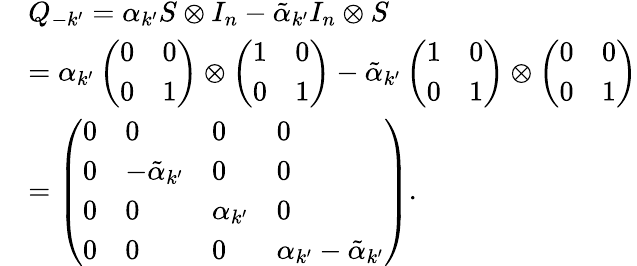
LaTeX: \begin{array}{rl}&{{{Q}_{-k^{\prime}}}={{\alpha}_{k^{\prime}}}{{S}}\otimes{{I}_{n}}-{{{\tilde{\alpha}}}_{k^{\prime}}}{{I}_{n}}\otimes{{S}}}\\ &{={{\alpha}_{k^{\prime}}}\left(\begin{array}{ll}{0}&{0}\\ {0}&{1}\end{array}\right)\otimes\left(\begin{array}{ll}{1}&{0}\\ {0}&{1}\end{array}\right)-{{{\tilde{\alpha}}}_{k^{\prime}}}\left(\begin{array}{ll}{1}&{0}\\ {0}&{1}\end{array}\right)\otimes\left(\begin{array}{ll}{0}&{0}\\ {0}&{1}\end{array}\right)}\\ &{=\left(\begin{array}{llll}{0}&{0}&{0}&{0}\\ {0}&{{{{-\tilde{\alpha}}}_{k^{\prime}}}}&{0}&{0}\\ {0}&{0}&{{{\alpha}_{k^{\prime}}}}&{0}\\ {0}&{0}&{0}&{{{\alpha}_{k^{\prime}}}-{{{\tilde{\alpha}}}_{k^{\prime}}}}\end{array}\right).}\end{array}